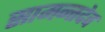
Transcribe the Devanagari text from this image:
सामन्तदेव